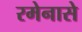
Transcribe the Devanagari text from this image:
रमेनासे